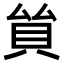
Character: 𧴵